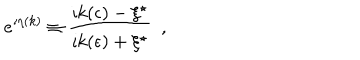
e ^ { \imath \eta ( k ) } \equiv { \frac { \imath k ( \epsilon ) - \xi ^ { \star } } { \imath k ( \epsilon ) + \xi ^ { \star } } } ~ ~ ,